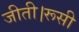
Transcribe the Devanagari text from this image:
जीती।रूसी